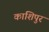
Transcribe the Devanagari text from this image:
काशिपुर